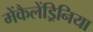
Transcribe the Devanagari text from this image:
मेंकैलेंड्रिनिया